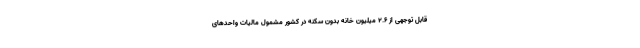
قابل توجهی از ۲.۶ میلیون خانه بدون سکنه در کشور مشمول مالیات واحدهای